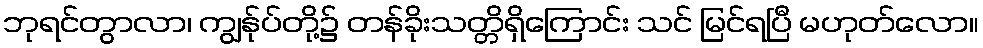
ဘုရင်တွာလာ၊ ကျွန်ုပ်တို့၌ တန်ခိုးသတ္တိရှိကြောင်း သင် မြင်ရပြီ မဟုတ်လော။